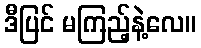
ဒီပြင် မကြည့်နဲ့လေ။